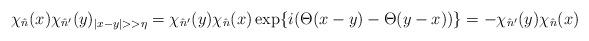
LaTeX: \begin{align*}\chi_{\hat n}(x)\chi_{\hat n'}(y)_{|x-y|>>\eta}=\chi_{\hat n'}(y)\chi_{\hat n}(x)\exp\{i(\Theta(x-y)-\Theta(y-x))\}=-\chi_{\hat n'}(y)\chi_{\hat n}(x)\end{align*}